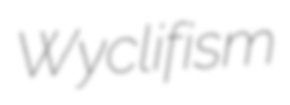
Wyclifism